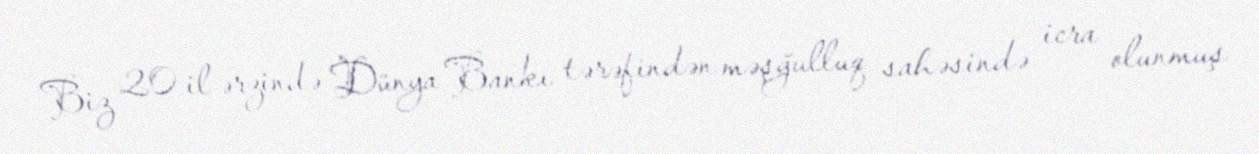
Biz 20 il ərzində Dünya Bankı tərəfindən məşğulluq sahəsində icra olunmuş